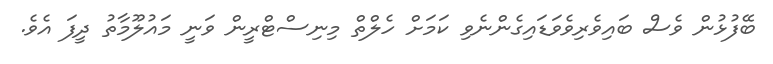
ބޭފުޅުން ވެސް ބައިވެރިވެވަޑައިގެންނެވި ކަމަށް ހެލްތް މިނިސްޓްރީން ވަނީ މައުލޫމާތު ދީފަ އެވެ.